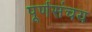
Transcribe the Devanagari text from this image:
पूर्णसंचय